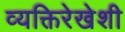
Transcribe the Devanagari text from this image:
व्यक्तिरेखेशी